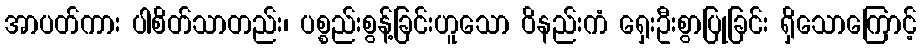
အာပတ်ကား ပါစိတ်သာတည်း၊ ပစ္စည်းစွန့်ခြင်းဟူသော ဝိနည်းကံ ရှေးဦးစွာပြုခြင်း ရှိသောကြောင့်